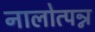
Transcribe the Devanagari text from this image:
नालोत्पन्न